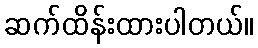
ဆက်ထိန်းထားပါတယ်။